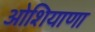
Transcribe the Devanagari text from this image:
ओशियाणा